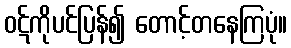
ဝဋ်ကိုပင်ပြန်၍ တောင့်တနေကြပုံ။